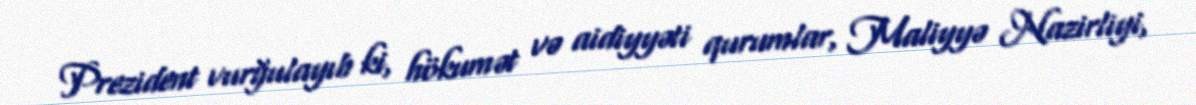
Prezident vurğulayıb ki, hökumət və aidiyyəti qurumlar, Maliyyə Nazirliyi,